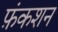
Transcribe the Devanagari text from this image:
फ़ंकशन